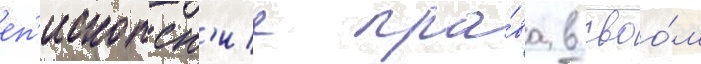
еп'ископск'ие пра́ва в своо́м